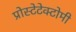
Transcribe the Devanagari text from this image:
प्रोस्टेटेक्टोमी